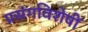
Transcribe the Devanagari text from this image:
प्रसंगविशेषीं